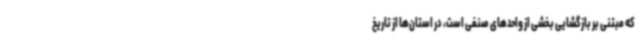
که مبتنی بر بازگشایی بخشی از واحدهای صنفی است، در استان‌ها از تاریخ